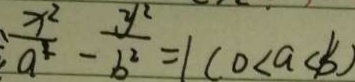
\frac { x ^ { 2 } } { a ^ { 2 } } - \frac { y ^ { 2 } } { b ^ { 2 } } = 1 ( 0 < a < b )